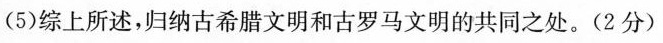
(5)综上所述，归纳古希腊文明和古罗马文明的共同之处。(2分)